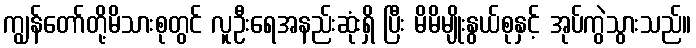
ကျွန်တော်တို့မိသားစုတွင် လူဦးရေအနည်းဆုံးရှိ ပြီး မိမိမျိုးနွယ်စုနှင့် အုပ်ကွဲသွားသည်။